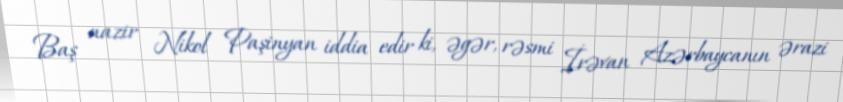
Baş nazir Nikol Paşinyan iddia edir ki, əgər, rəsmi İrəvan Azərbaycanın ərazi